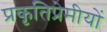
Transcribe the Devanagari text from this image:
प्रकृतिप्रेमीयों